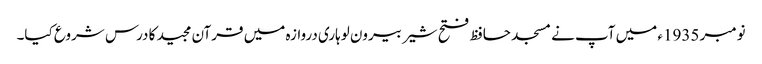
نومبر 1935ء میں آپ نے مسجد حافظ فتح شیر بیرون لوہاری دروازہ میں قرآن مجید کا درس شروع کیا۔